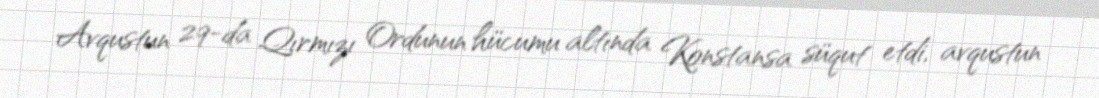
Avqustun 29-da Qırmızı Ordunun hücumu altında Konstansa süqut etdi, avqustun